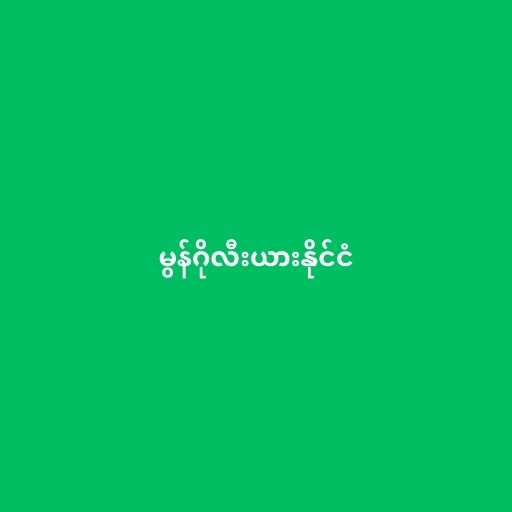
မွန်ဂိုလီးယားနိုင်ငံ